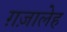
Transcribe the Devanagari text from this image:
ग़ज़ालेह